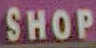
SHOP